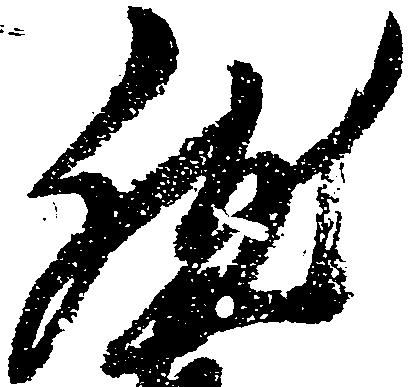
然